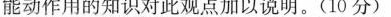
能动作用的知识对此观点加以说明。(10分)